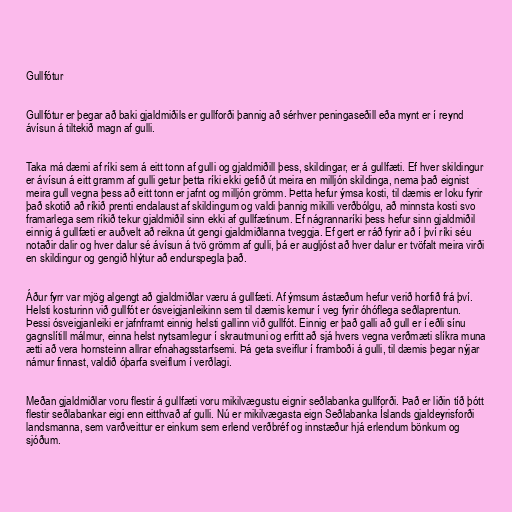
Gullfótur

Gullfótur er þegar að baki gjaldmiðils er gullforði þannig að sérhver peningaseðill eða mynt er í reynd
ávísun á tiltekið magn af gulli.

Taka má dæmi af ríki sem á eitt tonn af gulli og gjaldmiðill þess, skildingar, er á gullfæti. Ef hver skildingur
er ávísun á eitt gramm af gulli getur þetta ríki ekki gefið út meira en milljón skildinga, nema það eignist
meira gull vegna þess að eitt tonn er jafnt og milljón grömm. Þetta hefur ýmsa kosti, til dæmis er loku fyrir
það skotið að ríkið prenti endalaust af skildingum og valdi þannig mikilli verðbólgu, að minnsta kosti svo
framarlega sem ríkið tekur gjaldmiðil sinn ekki af gullfætinum. Ef nágrannaríki þess hefur sinn gjaldmiðil
einnig á gullfæti er auðvelt að reikna út gengi gjaldmiðlanna tveggja. Ef gert er ráð fyrir að í því ríki séu
notaðir dalir og hver dalur sé ávísun á tvö grömm af gulli, þá er augljóst að hver dalur er tvöfalt meira virði
en skildingur og gengið hlýtur að endurspegla það.

Áður fyrr var mjög algengt að gjaldmiðlar væru á gullfæti. Af ýmsum ástæðum hefur verið horfið frá því.
Helsti kosturinn við gullfót er ósveigjanleikinn sem til dæmis kemur í veg fyrir óhóflega seðlaprentun.
Þessi ósveigjanleiki er jafnframt einnig helsti gallinn við gullfót. Einnig er það galli að gull er í eðli sínu
gagnslítill málmur, einna helst nytsamlegur í skrautmuni og erfitt að sjá hvers vegna verðmæti slíkra muna
ætti að vera hornsteinn allrar efnahagsstarfsemi. Þá geta sveiflur í framboði á gulli, til dæmis þegar nýjar
námur finnast, valdið óþarfa sveiflum í verðlagi.

Meðan gjaldmiðlar voru flestir á gullfæti voru mikilvægustu eignir seðlabanka gullforði. Það er liðin tíð þótt
flestir seðlabankar eigi enn eitthvað af gulli. Nú er mikilvægasta eign Seðlabanka Íslands gjaldeyrisforði
landsmanna, sem varðveittur er einkum sem erlend verðbréf og innstæður hjá erlendum bönkum og
sjóðum.